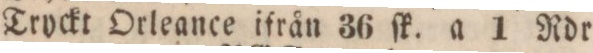
” ” Tryckt Orleance ifrån 36 ſk. a 1 Rdr